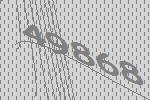
49868